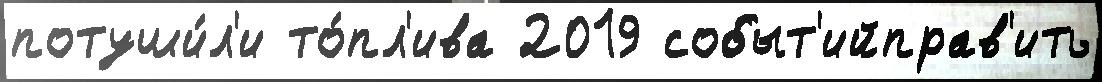
потуши́л'и то́пл'ива 2019 событ'ийправ'ить